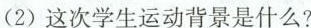
(1)从图中标语来看，这当是哪一场学生运动?